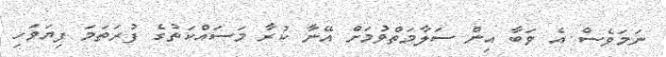
ނަމަވެސް އެ ވަބާ އިން ސަލާމަތްވުމަށް އޭނާ ކުރާ މަސައްކަތުގެ ފުރަތަމަ ފިޔަވަހި